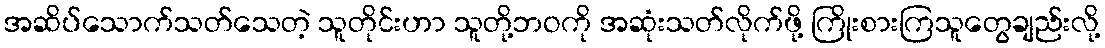
အဆိပ်သောက်သတ်သေတဲ့ သူတိုင်းဟာ သူတို့ဘဝကို အဆုံးသတ်လိုက်ဖို့ ကြိုးစားကြသူတွေချည်းလို့